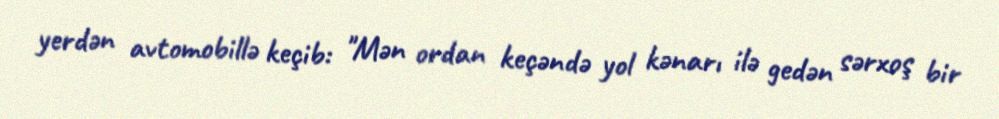
yerdən avtomobillə keçib: "Mən ordan keçəndə yol kənarı ilə gedən sərxoş bir